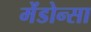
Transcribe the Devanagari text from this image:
मेंडोन्सा